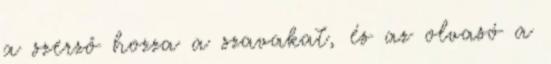
a szerző hozza a szavakat, és az olvasó a